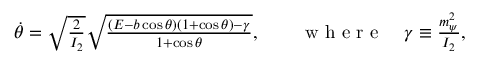
\begin{array} { r } { \dot { \theta } = \sqrt { \frac { 2 } { I _ { 2 } } } \sqrt { \frac { ( E - b \cos \theta ) ( 1 + \cos \theta ) - \gamma } { 1 + \cos \theta } } , \qquad \mathrm { ~ w ~ h ~ e ~ r ~ e ~ } \quad \gamma \equiv \frac { m _ { \psi } ^ { 2 } } { I _ { 2 } } , } \end{array}